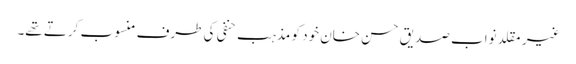
غیر مقلد نواب صدیق حسن خان خود کو مذہب حنفی کی طرف منسوب کرتے تھے۔